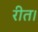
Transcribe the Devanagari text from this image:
रीत।